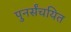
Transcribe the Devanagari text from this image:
पुनर्संचयित